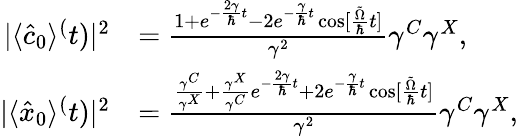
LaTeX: \begin{array}{rl}{|\langle\hat{c}_{0}\rangle^(t)|^{2}}&{=\frac{1+e^{-\frac{2\gamma}{\hbar}t}-2e^{-\frac{\gamma}{\hbar}t}\cos[\frac{\tilde{\Omega}}{\hbar}t]}{\gamma^{2}}\gamma^{C}\gamma^{X},}\\ {|\langle\hat{x}_{0}\rangle^(t)|^{2}}&{=\frac{\frac{\gamma^{C}}{\gamma^{X}}+\frac{\gamma^{X}}{\gamma^{C}}e^{-\frac{2\gamma}{\hbar}t}+2e^{-\frac{\gamma}{\hbar}t}\cos[\frac{\tilde{\Omega}}{\hbar}t]}{\gamma^{2}}\gamma^{C}\gamma^{X},}\end{array}